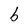
Character: b